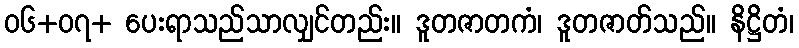
၀၆+၀၇+ ပေးရာသည်သာလျှင်တည်း။ ဒူတဇာတကံ၊ ဒူတဇာတ်သည်။ နိဋ္ဌိတံ၊